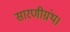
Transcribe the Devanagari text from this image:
सारणीग्रंथ।